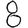
Digit: 8